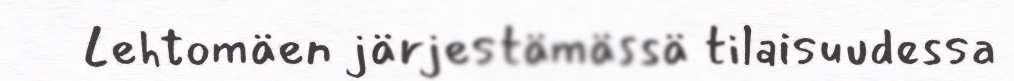
Lehtomäen järjestämässä tilaisuudessa